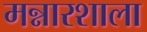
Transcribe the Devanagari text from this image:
मन्नारशाला